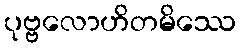
ပုဗ္ဗလောဟိတမိဿေ